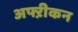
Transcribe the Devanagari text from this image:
अफ्ऱीकन